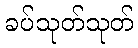
ခပ်သုတ်သုတ်